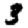
Digit: 3